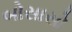
બોસાસો